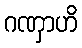
ဂဏှာဟိ